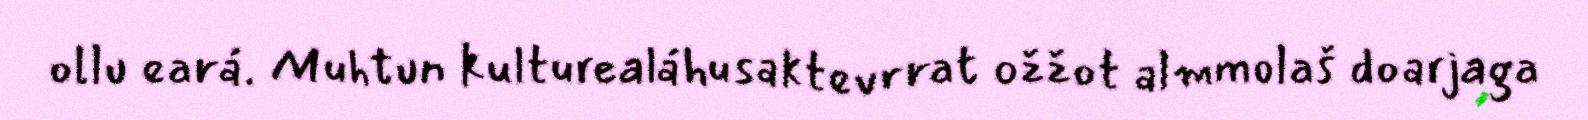
ollu eará. Muhtun kulturealáhusaktevrrat ožžot almmolaš doarjaga